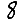
Digit: 8